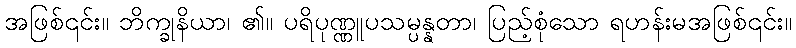
အဖြစ်၎င်း။ ဘိက္ခုနိယာ၊ ၏။ ပရိပုဏ္ဏူပသမ္ပန္နတာ၊ ပြည့်စုံသော ရဟန်းမအဖြစ်၎င်း။